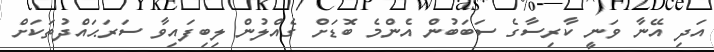
އަދި އޭނާ ވަނީ ކާރިސާގެ ސަބަބުން އެންމެ ބޮޑަށް ގެއްލުން ލިބިފައިވާ ސަރަޙައްދުތަކަށް